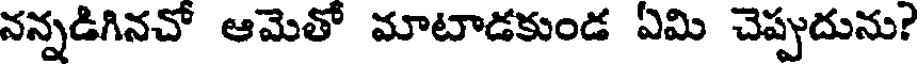
నన్నడిగినచో ఆమెతో మాటాడకుండ ఏమి చెప్పుదును?